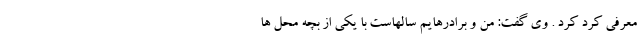
معرفی کرد کرد . وی گفت: من و برادرهایم سالهاست با یکی از بچه محل ها